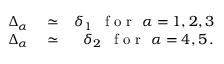
\begin{array} { r l r } { \Delta _ { \alpha } } & { { } \simeq } & { \delta _ { 1 } \, \, \, \mathrm { ~ f ~ o ~ r ~ } \, \, { \alpha } = 1 , 2 , 3 } \\ { \Delta _ { \alpha } } & { { } \simeq } & { \delta _ { 2 } \, \, \, \mathrm { ~ f ~ o ~ r ~ } \, \, { \alpha } = 4 , 5 \, . } \end{array}